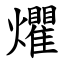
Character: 爠